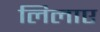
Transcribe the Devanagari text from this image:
लिलाए